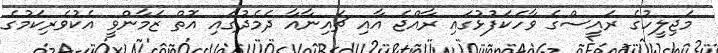
މަޖިލީހުގެ ރައީސްގެ ވާހަކަފުޅުގައި ރާއްޖެ އާއި ޗައިނާއާ ދެމެދުގައި އޮތް ޒަމާންވީ އެކުވެރިކަމުގެ